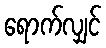
ရောက်လျှင်